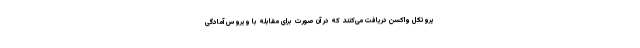
پروتکل واکسن دریافت می‌کنند که در آن صورت برای مقابله با ویروس آمادگی